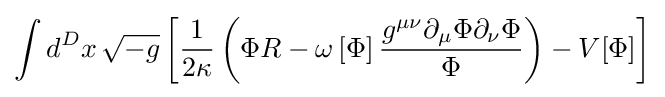
\int d^{D}x\,{\sqrt {-g}}\left[{\frac {1}{2\kappa }}\left(\Phi R-\omega \left[\Phi \right]{\frac {g^{\mu \nu }\partial _{\mu }\Phi \partial _{\nu }\Phi }{\Phi }}\right)-V[\Phi ]\right]